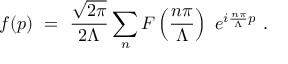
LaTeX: f ( p ) \ = \ { \frac { \sqrt { 2 \pi } } { 2 \Lambda } } \sum _ { n } F \left( { \frac { n \pi } { \Lambda } } \right) \ e ^ { i { \frac { n \pi } { \Lambda } } p } \ .